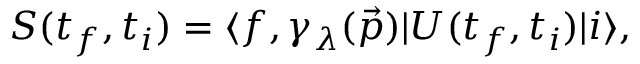
S ( t _ { f } , t _ { i } ) = \langle f , \gamma _ { \lambda } ( { \vec { p } } ) | U ( t _ { f } , t _ { i } ) | i \rangle ,